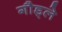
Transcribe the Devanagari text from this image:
गौड्ले